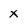
Character: x